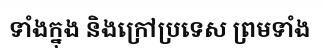
ទាំងក្នុង និងក្រៅប្រទេស ព្រមទាំង